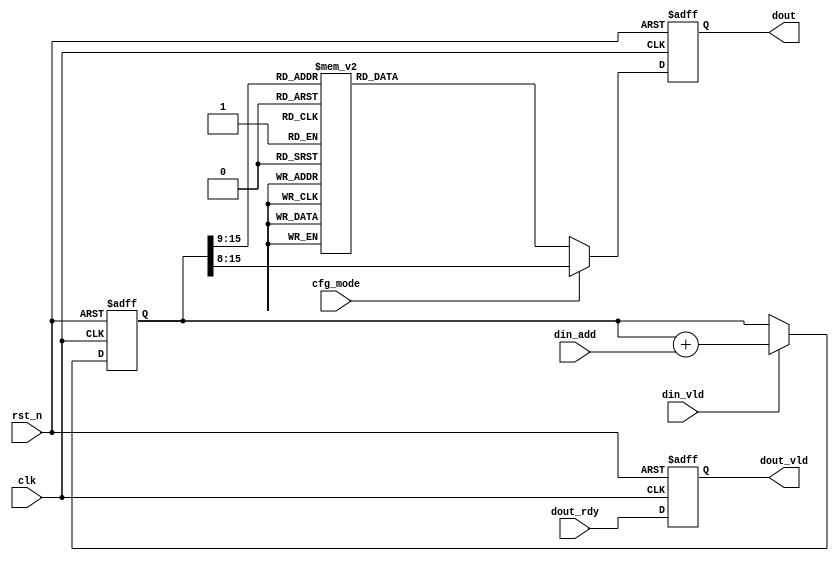
module dds_wave (
    input clk,
    input rst_n,
    input [15:0] din_add,
    input din_vld,
    input cfg_mode,
    input dout_rdy,
    output reg dout_vld,
    output reg [7:0] dout
);

parameter C_W = 16;

reg [7:0] sin_data;
reg [C_W-1:0] addr;

always @(posedge clk or negedge rst_n) begin
    if (!rst_n) begin
        addr <= 0;
    end
    else if (din_vld) begin
        addr <= addr + din_add;
    end
end

always @(*) begin
    case (addr[C_W-1 -:7])
        0: sin_data = 8'h7F;
        1: sin_data = 8'h85;
        2: sin_data = 8'h8C;
        3: sin_data = 8'h92;
        4: sin_data = 8'h98;
        5: sin_data = 8'h9E;
        6: sin_data = 8'hA4;
        7: sin_data = 8'hAA;
        8: sin_data = 8'hB0;
        9: sin_data = 8'hB6;
        10: sin_data = 8'hBC;
        11: sin_data = 8'hC1;
        12: sin_data = 8'hC6;
        13: sin_data = 8'hCB;
        14: sin_data = 8'hD0;
        15: sin_data = 8'hD5;
        16: sin_data = 8'hDA;
        17: sin_data = 8'hDE;
        18: sin_data = 8'hE2;
        19: sin_data = 8'hE6;
        20: sin_data = 8'hEA;
        21: sin_data = 8'hED;
        22: sin_data = 8'hF0;
        23: sin_data = 8'hF3;
        24: sin_data = 8'hF5;
        25: sin_data = 8'hF7;
        26: sin_data = 8'hF9;
        27: sin_data = 8'hFB;
        28: sin_data = 8'hFC;
        29: sin_data = 8'hFD;
        30: sin_data = 8'hFE;
        31: sin_data = 8'hFE;
        32: sin_data = 8'hFE;
        33: sin_data = 8'hFE;
        34: sin_data = 8'hFE;
        35: sin_data = 8'hFD;
        36: sin_data = 8'hFC;
        37: sin_data = 8'hFA;
        38: sin_data = 8'hF8;
        39: sin_data = 8'hF6;
        40: sin_data = 8'hF4;
        41: sin_data = 8'hF1;
        42: sin_data = 8'hEF;
        43: sin_data = 8'hEB;
        44: sin_data = 8'hE8;
        45: sin_data = 8'hE4;
        46: sin_data = 8'hE0;
        47: sin_data = 8'hDC;
        48: sin_data = 8'hD8;
        49: sin_data = 8'hD3;
        50: sin_data = 8'hCE;
        51: sin_data = 8'hC9;
        52: sin_data = 8'hC4;
        53: sin_data = 8'hBE;
        54: sin_data = 8'hB9;
        55: sin_data = 8'hB3;
        56: sin_data = 8'hAD;
        57: sin_data = 8'hA7;
        58: sin_data = 8'hA1;
        59: sin_data = 8'h9B;
        60: sin_data = 8'h95;
        61: sin_data = 8'h8F;
        62: sin_data = 8'h89;
        63: sin_data = 8'h82;
        64: sin_data = 8'h7D;
        65: sin_data = 8'h77;
        66: sin_data = 8'h70;
        67: sin_data = 8'h6A;
        68: sin_data = 8'h64;
        69: sin_data = 8'h5E;
        70: sin_data = 8'h58;
        71: sin_data = 8'h52;
        72: sin_data = 8'h4C;
        73: sin_data = 8'h46;
        74: sin_data = 8'h41;
        75: sin_data = 8'h3C;
        76: sin_data = 8'h36;
        77: sin_data = 8'h31;
        78: sin_data = 8'h2C;
        79: sin_data = 8'h28;
        80: sin_data = 8'h23;
        81: sin_data = 8'h1F;
        82: sin_data = 8'h1B;
        83: sin_data = 8'h17;
        84: sin_data = 8'h14;
        85: sin_data = 8'h11;
        86: sin_data = 8'hE;
        87: sin_data = 8'hB;
        88: sin_data = 8'h9;
        89: sin_data = 8'h7;
        90: sin_data = 8'h5;
        91: sin_data = 8'h3;
        92: sin_data = 8'h2;
        93: sin_data = 8'h2;
        94: sin_data = 8'h1;
        95: sin_data = 8'h1;
        96: sin_data = 8'h1;
        97: sin_data = 8'h1;
        98: sin_data = 8'h2;
        99: sin_data = 8'h3;
        100: sin_data = 8'h4;
        101: sin_data = 8'h6;
        102: sin_data = 8'h7;
        103: sin_data = 8'hA;
        104: sin_data = 8'hC;
        105: sin_data = 8'hF;
        106: sin_data = 8'h12;
        107: sin_data = 8'h15;
        108: sin_data = 8'h19;
        109: sin_data = 8'h1D;
        110: sin_data = 8'h21;
        111: sin_data = 8'h25;
        112: sin_data = 8'h2A;
        113: sin_data = 8'h2E;
        114: sin_data = 8'h33;
        115: sin_data = 8'h3B;
        116: sin_data = 8'h3E;
        117: sin_data = 8'h43;
        118: sin_data = 8'h49;
        119: sin_data = 8'h4E;
        120: sin_data = 8'h54;
        121: sin_data = 8'h5A;
        122: sin_data = 8'h60;
        123: sin_data = 8'h67;
        124: sin_data = 8'h6D;
        125: sin_data = 8'h73;
        126: sin_data = 8'h79;
        127: sin_data = 8'h7F;
        default: sin_data = 0;
    endcase
end

always @(posedge clk or negedge rst_n) begin
    if (!rst_n) begin
        dout <= 0;
    end
    else if (cfg_mode == 0) begin
        dout <= sin_data;
    end
    else if (cfg_mode == 1) begin
        dout <= addr[C_W-1 -:8];
    end
end

always @(posedge clk or negedge rst_n) begin
    if (!rst_n) begin
        dout_vld <= 0;
    end
    else begin
        dout_vld <= dout_rdy;
    end
end
endmodule
module dds_ctrl (
    input clk,
    input rst_n,
    input cfg_en,
    input [15:0] cfg_time,
    input [15:0] cfg_repeat0,
    input [15:0] cfg_repeat1,
    input [15:0] cfg_repeat2,
    input [15:0] cfg_add0,
    input [15:0] cfg_add1,
    input [15:0] cfg_add2,
    output reg [15:0] dout
);

reg [15:0] cnt0;
wire add_cnt0;
wire end_cnt0;
reg [15:0] cnt1;
reg [15:0] x;
reg [15:0] y;
wire add_cnt1;
wire end_cnt1;
reg [7:0] cnt2;
wire add_cnt2;
wire end_cnt2;

always @(posedge clk or negedge rst_n) begin
    if (!rst_n) begin
        cnt0 <= 0;
    end
    else if (add_cnt0) begin
        if (end_cnt0)
            cnt0 <= 0;
        else
            cnt0 <= cnt0 + 1;
    end
end

assign add_cnt0 = cfg_en;
assign end_cnt0 = add_cnt0 && cnt0 == cfg_time - 1;

always @(posedge clk or negedge rst_n) begin
    if (!rst_n) begin
        cnt1 <= 0;
    end
    else if (add_cnt1) begin
        if (end_cnt1)
            cnt1 <= 0;
        else
            cnt1 <= cnt1 + 1;
    end
end

assign add_cnt1 = end_cnt0;
assign end_cnt1 = add_cnt1 && cnt1 == x - 1;


always @(posedge clk or negedge rst_n) begin
    if (!rst_n) begin
        cnt2 <= 0;
    end
    else if (add_cnt2) begin
        if (end_cnt2)
            cnt2 <= 0;
        else
            cnt2 <= cnt2 + 1;
    end
end

assign add_cnt2 = end_cnt1;
assign end_cnt2 = add_cnt2 && cnt2 == 3 - 1;

always @(posedge clk or negedge rst_n) begin
    if (!rst_n) begin
        dout <= 0;
    end
    else if (cfg_en) begin
        dout <= y;
    end
    else begin
        dout <=0;
    end
end

always @(*) begin
    if (cnt2 == 0) begin
        x = cfg_repeat0;
        y = cfg_add0;
    end
    else if (cnt2 == 1) begin
        x = cfg_repeat1;
        y = cfg_add1;
    end
    else begin
        x = cfg_repeat2;
        y = cfg_add2;
    end
end

endmodule
module dds_top (
    input clk,
    input rst_n
);

wire [15:0] ctrl_dout;
wire [7:0] wave_dout;
wire wave_dout_vld;
wire if_din_rdy;

dds_ctrl u_dds_ctrl(
    .clk         (clk         ),
    .rst_n       (rst_n       ),
    .cfg_en      (1      ),
    .cfg_time    (50_000    ),
    .cfg_repeat0 (3 ),
    .cfg_repeat1 (3 ),
    .cfg_repeat2 (3 ),
    .cfg_add0    (128    ),
    .cfg_add1    (128    ),
    .cfg_add2    (128    ),
    .dout        (ctrl_dout        )
);

dds_wave u_dds_wave(
    .clk      (clk      ),
    .rst_n    (rst_n    ),
    .din_add  (ctrl_dout  ),
    .din_vld  (1  ),
    .cfg_mode (1 ),
    .dout_rdy (if_din_rdy ),
    .dout_vld (wave_dout_vld ),
    .dout     (wave_dout     )
);

    
endmodule